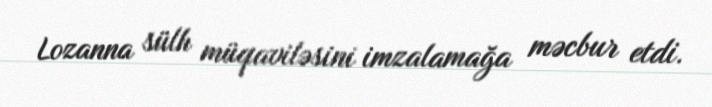
Lozanna sülh müqaviləsini imzalamağa məcbur etdi.